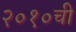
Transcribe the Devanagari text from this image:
२०१०ची